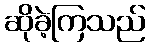
ဆိုခဲ့ကြသည်